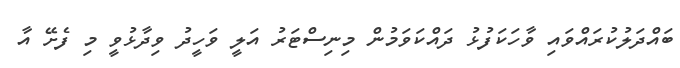
ބައްދަލުކުރައްވައި ވާހަކަފުޅު ދައްކަވަމުން މިނިސްޓަރު އަލީ ވަހީދު ވިދާޅުވީ މި ފެށޭ އާ